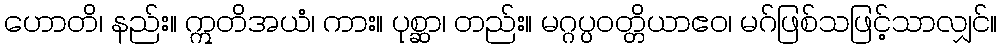
ဟောတိ၊ နည်း။ ဣတိအယံ၊ ကား။ ပုစ္ဆာ၊ တည်း။ မဂ္ဂပ္ပဝတ္တိယာဧဝ၊ မဂ်ဖြစ်သဖြင့်သာလျှင်။